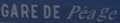
GARE DE PÉAGE